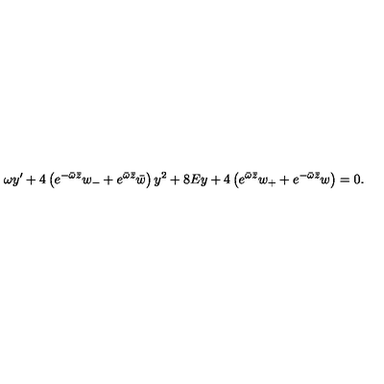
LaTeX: \omega y ^ { \prime } + 4 \left( e ^ { - \bar { \omega } \bar { z } } w _ { - } + e ^ { \bar { \omega } \bar { z } } \bar { w } \right) y ^ { 2 } + 8 E y + 4 \left( e ^ { \bar { \omega } \bar { z } } w _ { + } + e ^ { - \bar { \omega } \bar { z } } w \right) = 0 .